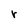
Character: r